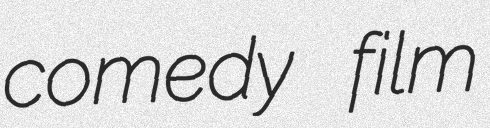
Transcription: comedy film